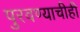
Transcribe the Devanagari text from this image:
पुरवण्याचीही